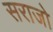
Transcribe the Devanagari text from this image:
सराजो